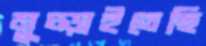
মুচ্‌ড়াইতেছি